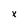
Character: x